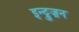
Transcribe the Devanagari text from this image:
इन्ट्रुज़न